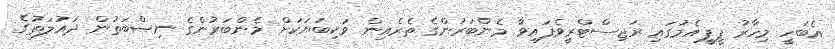
އެބަހީ މިހާރު ޕީޕީއެމުގައި ރަޖިސްޓްރީވެފައިވާ މެންބަރުންގެ ތެރެއިން ވަކިބަޔަކަށް މެންބަރުންގެ ނިޞްބަތުން ދައުލަތުގެ